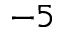
^ { - 5 }